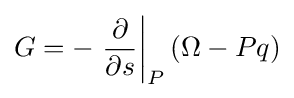
G=-\left.{\frac {\partial }{\partial s}}\right|_{P}\left(\Omega -Pq\right)